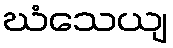
ဃံသေယျ